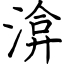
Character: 渰